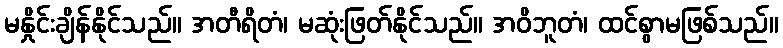
မနှိုင်းချိန်နိုင်သည်။ အတီရိတံ၊ မဆုံးဖြတ်နိုင်သည်။ အဝိဘူတံ၊ ထင်စွာမဖြစ်သည်။